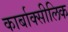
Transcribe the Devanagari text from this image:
कार्बाक्सीलिक